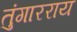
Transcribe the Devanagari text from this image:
तुंगारराय